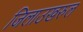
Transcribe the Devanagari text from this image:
जिलाउखरुल